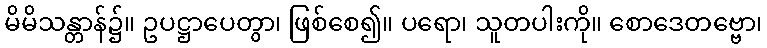
မိမိသန္တာန်၌။ ဥပဋ္ဌာပေတွာ၊ ဖြစ်စေ၍။ ပရော၊ သူတပါးကို။ စောဒေတဗ္ဗော၊